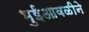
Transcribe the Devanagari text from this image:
भुईआवळीने